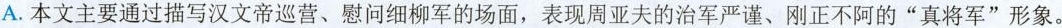
A.本文主要通过描写汉文帝巡营、慰问细柳军的场面，表现周亚夫的治军严谨、刚正不阿的”真将军”形象。